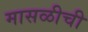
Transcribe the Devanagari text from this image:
मासळीची